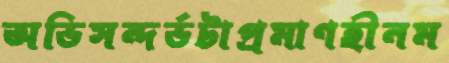
অভিসন্দর্ভটাপ্রমাণহীনম